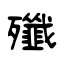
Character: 殲